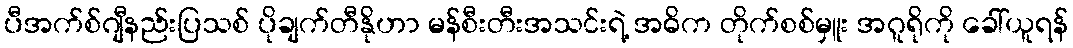
ပီအက်စ်ဂျီနည်းပြသစ် ပိုချက်တီနိုဟာ မန်စီးတီးအသင်းရဲ့ အဓိက တိုက်စစ်မှူး အဂူရိုကို ခေါ်ယူရန်